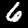
Label: 6